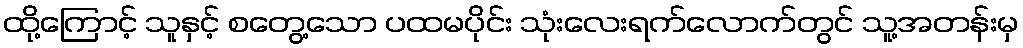
ထို့ကြောင့် သူနှင့် စတွေ့သော ပထမပိုင်း သုံးလေးရက်လောက်တွင် သူ့အတန်းမှ